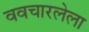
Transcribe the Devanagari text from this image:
ववचारलेला